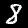
Label: 8